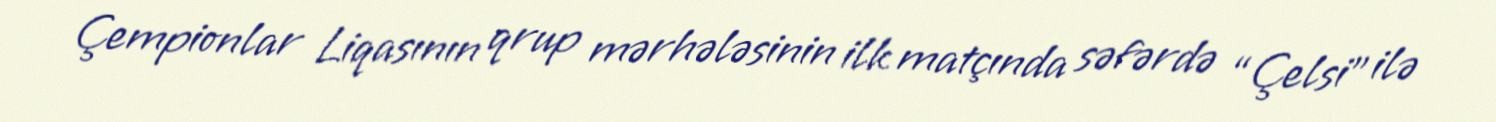
Çempionlar Liqasının qrup mərhələsinin ilk matçında səfərdə “Çelsi” ilə